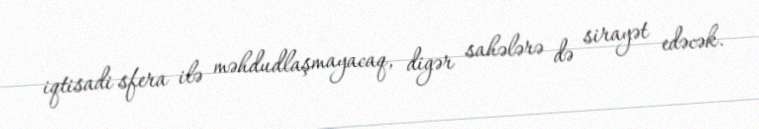
iqtisadi sfera ilə məhdudlaşmayacaq, digər sahələrə də sirayət edəcək.